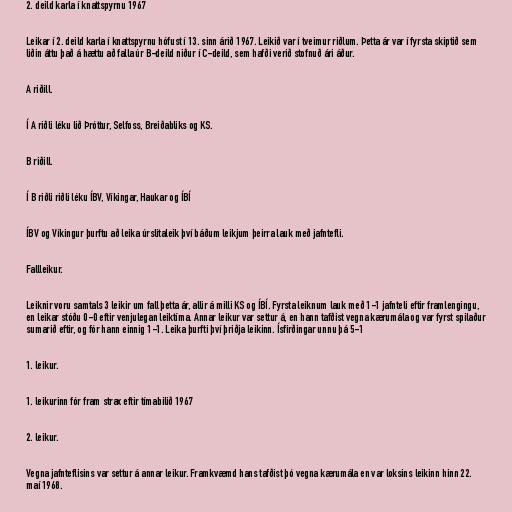
2. deild karla í knattspyrnu 1967

Leikar í 2. deild karla í knattspyrnu hófust í 13. sinn árið 1967. Leikið var í tveimur riðlum. Þetta ár var í fyrsta skiptið sem
liðin áttu það á hættu að falla úr B-deild niður í C-deild, sem hafði verið stofnuð ári áður.

A riðill.

Í A riðli léku lið Þróttur, Selfoss, Breiðabliks og KS.

B riðill.

Í B riðli riðli léku ÍBV, Víkingar, Haukar og ÍBÍ

ÍBV og Víkingur þurftu að leika úrslitaleik því báðum leikjum þeirra lauk með jafntefli.

Fallleikur.

Leiknir voru samtals 3 leikir um fall þetta ár, allir á milli KS og ÍBÍ. Fyrsta leiknum lauk með 1-1 jafnteli eftir framlengingu,
en leikar stóðu 0-0 eftir venjulegan leiktíma. Annar leikur var settur á, en hann tafðist vegna kærumála og var fyrst spilaður
sumarið eftir, og fór hann einnig 1-1. Leika þurfti því þriðja leikinn. Ísfirðingar unnu þá 5-1

1. leikur.

1. leikurinn fór fram strax eftir tímabilið 1967

2. leikur.

Vegna jafnteflisins var settur á annar leikur. Framkvæmd hans tafðist þó vegna kærumála en var loksins leikinn hinn 22.
maí 1968.